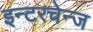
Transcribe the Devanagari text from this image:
इन्टरचेन्ज